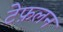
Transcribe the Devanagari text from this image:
टेफ़लन